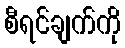
စီရင်ချက်ကို